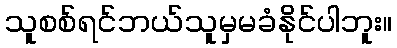
သူစစ်ရင်ဘယ်သူမှမခံနိုင်ပါဘူး။